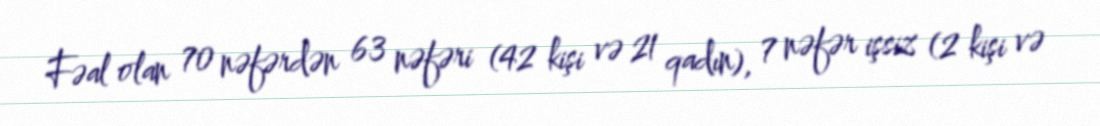
Fəal olan 70 nəfərdən 63 nəfəri (42 kişi və 21 qadın), 7 nəfər işsiz (2 kişi və